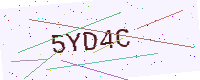
Text: 5YD4C